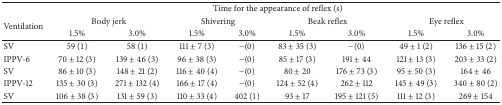
<table><thead><tr><td><b> </b></td><td colspan="8"><b>Time for the appearance of reflex (s)</b></td></tr><tr><td rowspan="2"><b>Ventilation</b></td><td colspan="2"><b>Body jerk</b></td><td colspan="2"><b>Shivering</b></td><td colspan="2"><b>Beak reflex</b></td><td colspan="2"><b>Eye reflex</b></td></tr><tr><td><b>1.5%</b></td><td><b>3.0%</b></td><td><b>1.5%</b></td><td><b>3.0%</b></td><td><b>1.5%</b></td><td><b>3.0%</b></td><td><b>1.5%</b></td><td><b>3.0%</b></td></tr></thead><tbody><tr><td>SV</td><td>59 (1)</td><td>58 (1)</td><td>111 ± 7 (3)</td><td>−(0)</td><td>83 ± 35 (3)</td><td>−(0)</td><td>49 ± 1 (2)</td><td>136 ± 15 (2)</td></tr><tr><td>IPPV-6</td><td>70 ± 12 (3)</td><td>139 ± 46 (3)</td><td>96 ± 38 (3)</td><td>−(0)</td><td>85 ± 17 (3)</td><td>191 ± 44</td><td>121 ± 13 (3)</td><td>203 ± 33 (2)</td></tr><tr><td>SV</td><td>86 ± 10 (3)</td><td>148 ± 21 (2)</td><td>116 ± 40 (4)</td><td>−(0)</td><td>80 ± 20</td><td>176 ± 73 (3)</td><td>95 ± 50 (3)</td><td>164 ± 46</td></tr><tr><td>IPPV-12</td><td>135 ± 30 (3)</td><td>271 ± 132 (4)</td><td>166 ± 17 (4)</td><td>−(0)</td><td>124 ± 52 (4)</td><td>262 ± 112</td><td>145 ± 49 (3)</td><td>340 ± 80 (2)</td></tr><tr><td>SV</td><td>106 ± 38 (3)</td><td>131 ± 59 (3)</td><td>110 ± 33 (4)</td><td>402 (1)</td><td>93 ± 17</td><td>195 ± 121 (5)</td><td>111 ± 12 (3)</td><td>269 ± 154</td></tr></tbody></table>